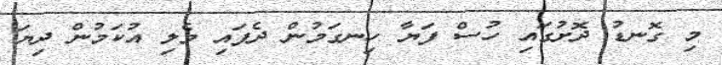
މި ގޮނޑު ދޮށުގައި ހުސް ފަޔާ ހިނގަމުން ދެފައި ވެލި އުކަމުން ދިޔަ